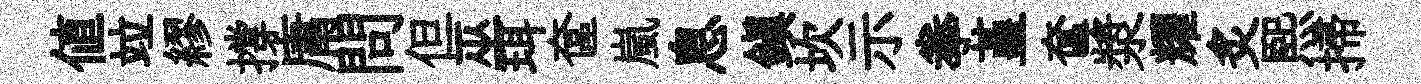
值竝繆撐庸問但巫珥奩嵐息鎮坎示拳堇奩漿耀炙熙掃